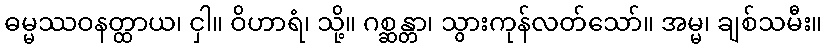
ဓမ္မဿဝနတ္ထာယ၊ ငှါ။ ဝိဟာရံ၊ သို့။ ဂစ္ဆန္တာ၊ သွားကုန်လတ်သော်။ အမ္မ၊ ချစ်သမီး။